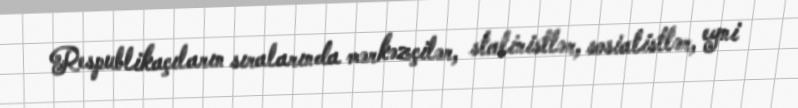
Respublikaçıların sıralarında mərkəzçilər, stalinistlər, sosialistlər, eyni